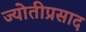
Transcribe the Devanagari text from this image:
ज्योतीप्रसाद